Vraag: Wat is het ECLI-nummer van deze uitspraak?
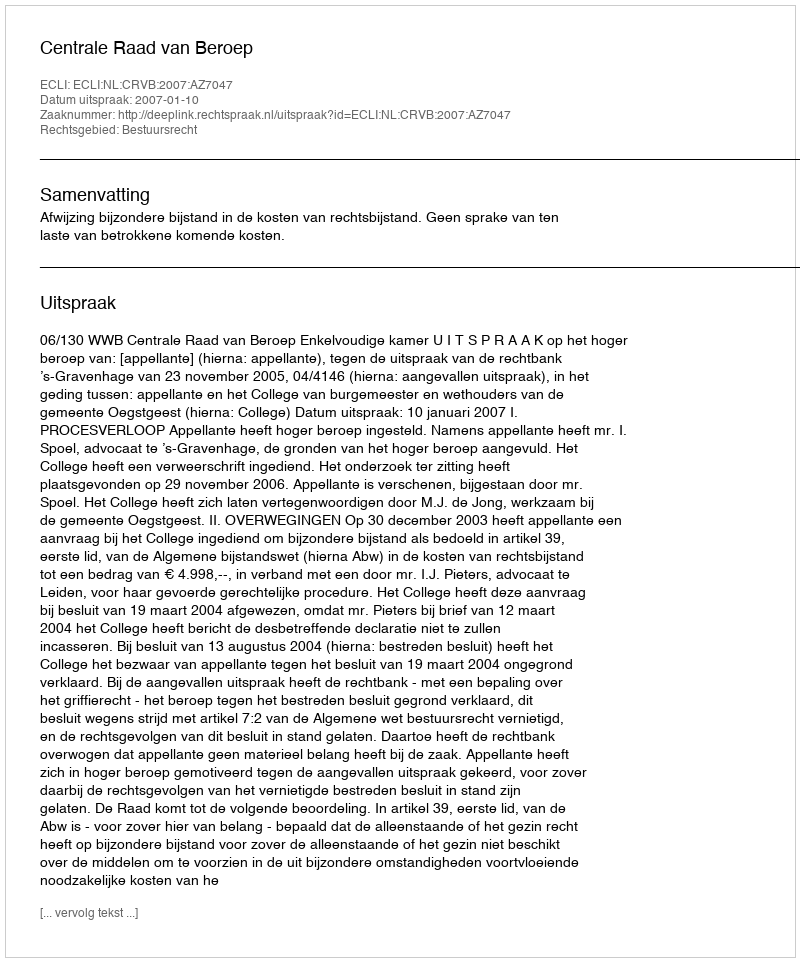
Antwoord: ECLI:NL:CRVB:2007:AZ7047